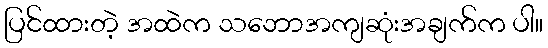
ပြင်ထားတဲ့ အထဲက သဘောအကျဆုံးအချက်က ပါ။